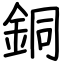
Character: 銅